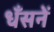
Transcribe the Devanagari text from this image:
धँसनें